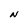
Character: N